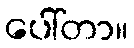
ပေါ်တာ။